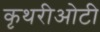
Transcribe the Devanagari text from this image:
कृथरीओटी